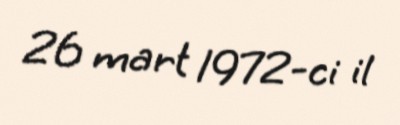
26 mart 1972-ci il